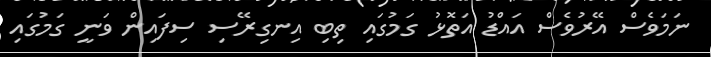
ނަމަވެސް އޭރުވެސް އައްޑު އަތޮޅު ގަމުގައި ތިބި އިނގިރޭސި ސިފައިން ވަނީ ގަމުގައި